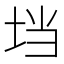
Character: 垱